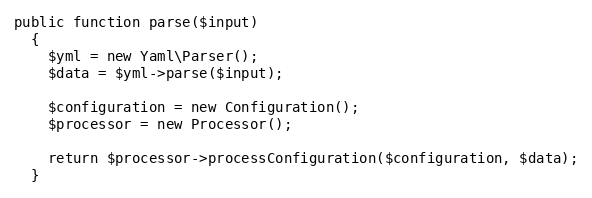
Language: PHP
public function parse($input)
  {
    $yml = new Yaml\Parser();
    $data = $yml->parse($input);

    $configuration = new Configuration();
    $processor = new Processor();

    return $processor->processConfiguration($configuration, $data);
  }